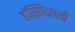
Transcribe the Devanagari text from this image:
हॉस्पिटलशी